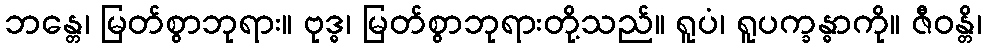
ဘန္တေ၊ မြတ်စွာဘုရား။ ဗုဒ္ဓ၊ မြတ်စွာဘုရားတို့သည်။ ရူပံ၊ ရူပက္ခန္ဓာကို။ ဇီဝန္တိ၊